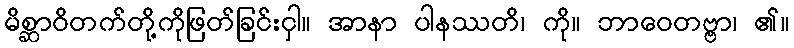
မိစ္ဆာဝိတက်တို့ကိုဖြတ်ခြင်းငှါ။ အာနာ ပါနဿတိ၊ ကို။ ဘာဝေတဗ္ဗာ၊ ၏။